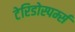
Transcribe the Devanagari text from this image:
टेरिडोस्पर्म्स